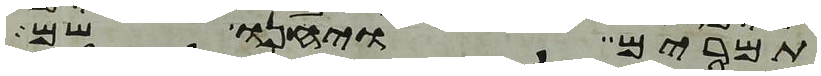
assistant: תמרים ויחנו שם